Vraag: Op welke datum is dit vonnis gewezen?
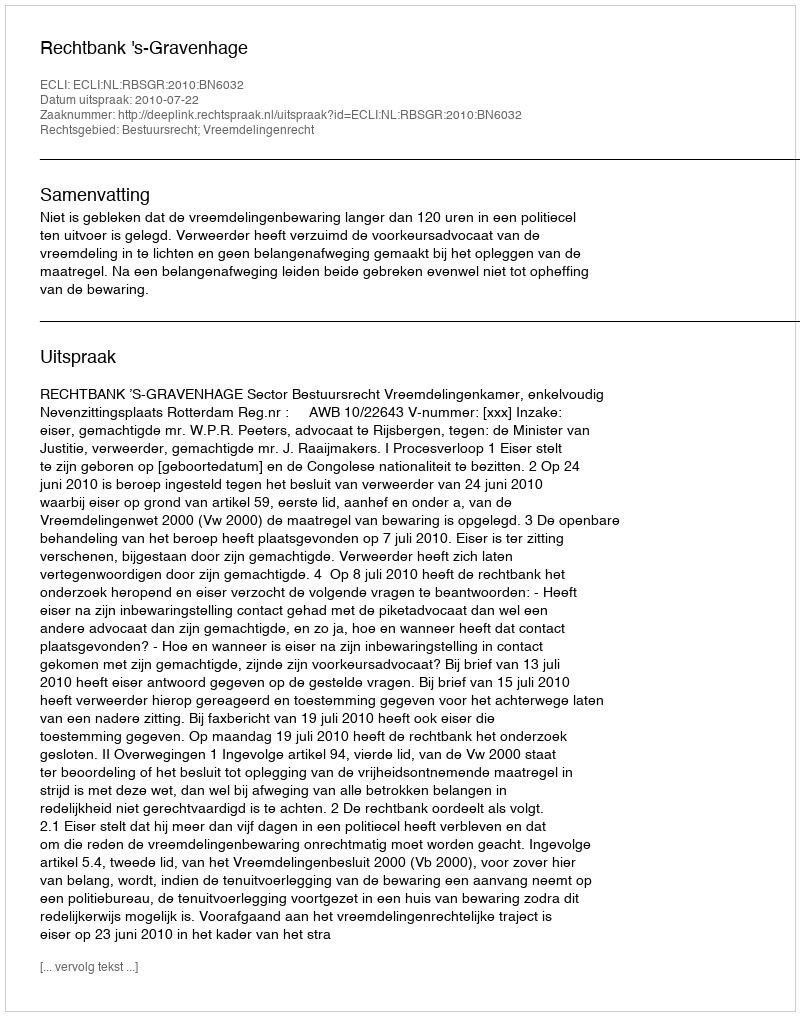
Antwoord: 2010-07-22